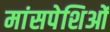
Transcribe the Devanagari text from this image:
मांसपेशिओं